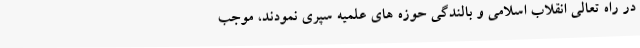
در راه تعالی انقلاب اسلامی و بالندگی حوزه های علمیه سپری نمودند، موجب